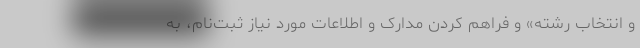
و انتخاب رشته» و فراهم کردن مدارک و اطلاعات مورد نیاز ثبت‌نام، به